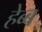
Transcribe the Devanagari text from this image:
हेब्ब